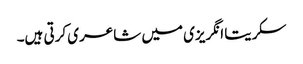
سکریتا انگریزی میں شاعری کرتی ہیں۔